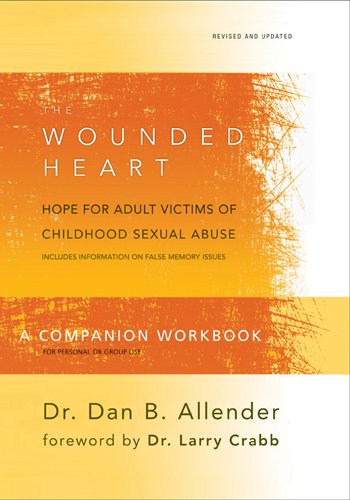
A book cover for The Wounded Heart Workbook: A Companion Workbook for Personal or Group Use; Dan B. Allender; Parenting & Relationships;